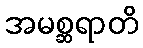
အမစ္ဆရာတိ